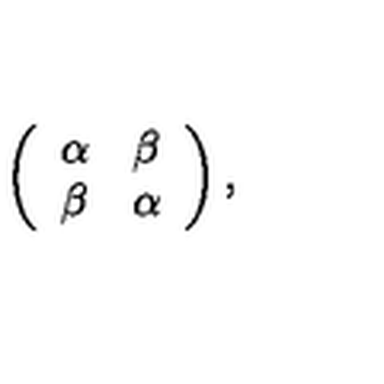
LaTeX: \left( \begin{array} { c c } { \alpha } & { \beta } \\ { \beta } & { \alpha } \\ \end{array} \right) ,